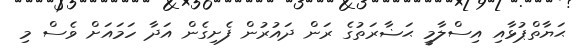
ޙަޔާތްޕުޅާއި އިސްލާމީ ޙަޟާރަތުގެ ރަން ދައުރުން ފެށިގެން އަދާ ހަމައަށް ވެސް މި